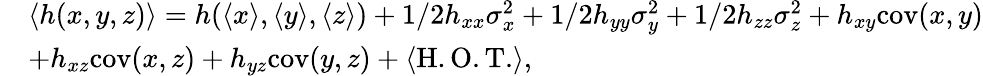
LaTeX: \begin{array}{rl}&{\langle h(x,y,z)\rangle=h(\langle x\rangle,\langle y\rangle,\langle z\rangle)+1/2h_{xx}\sigma_{x}^{2}+1/2h_{yy}\sigma_{y}^{2}+1/2h_{zz}\sigma_{z}^{2}+h_{xy}\mathrm{cov}(x,y)}\\ &{+h_{xz}\mathrm{cov}(x,z)+h_{yz}\mathrm{cov}(y,z)+\langle\mathrm{H.O.T.}\rangle,}\end{array}